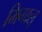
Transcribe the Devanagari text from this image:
मिगालू